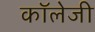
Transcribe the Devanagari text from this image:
कॉलेजी